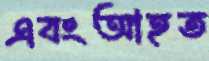
এবংআহত